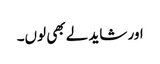
اور شاید لے بھی لوں۔